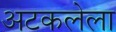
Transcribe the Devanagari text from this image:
अटकलेला